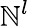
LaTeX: \mathbb{N}^{l}